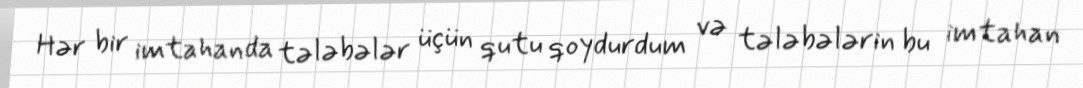
Hər bir imtahanda tələbələr üçün qutu qoydurdum və tələbələrin bu imtahan